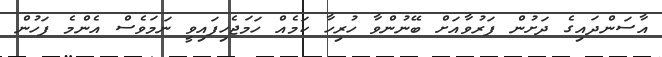
އާސަންދައިގެ ދަށުން ފަރުވާއަށް ބޭނުންވާ ހުރިހާ ކަމެއް ހަމަޖެހިފައިވީ ނަމަވެސް އެންމެ ފަހުން